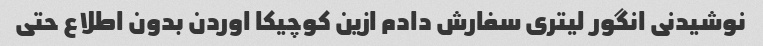
نوشیدنی انگور لیتری سفارش دادم ازین کوچیکا اوردن بدون اطلاع حتی